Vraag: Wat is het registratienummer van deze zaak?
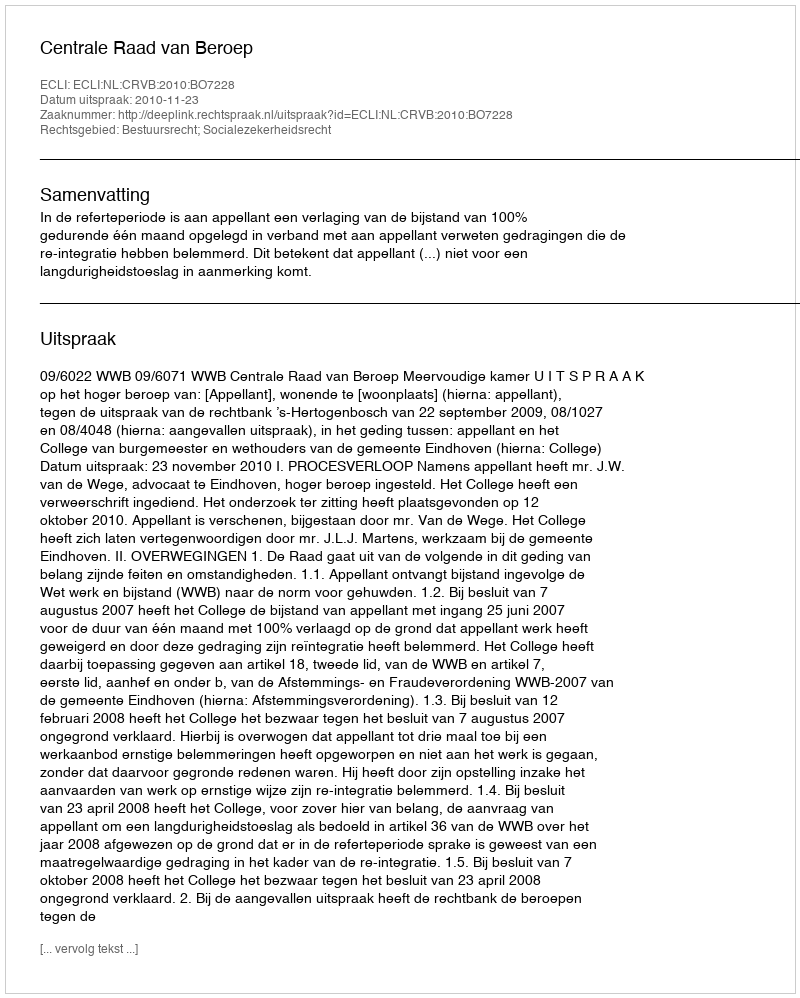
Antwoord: http://deeplink.rechtspraak.nl/uitspraak?id=ECLI:NL:CRVB:2010:BO7228